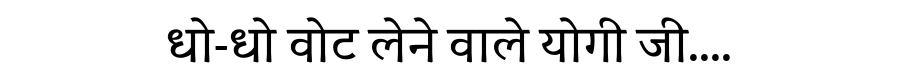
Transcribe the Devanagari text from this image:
धो-धो वोट लेने वाले योगी जी....